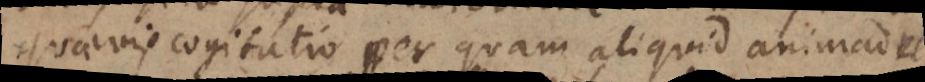
quaevis cogitatio per quam aliquid animadve